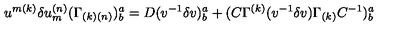
u ^ { { m ( k ) } } \delta u _ { { m } } ^ { { ( n ) } } ( \Gamma _ { { ( k ) ( n ) } } ) _ { { b } } ^ { { a } } = D ( v ^ { - { 1 } } \delta v ) _ { { b } } ^ { { a } } + ( C \Gamma ^ { { ( k ) } } ( v ^ { - { 1 } } \delta v ) \Gamma _ { { ( k ) } } C ^ { - { 1 } } ) _ { { b } } ^ { { a } } \qquad